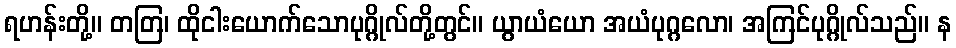
ရဟန်းတို့။ တတြ၊ ထိုငါးယောက်သောပုဂ္ဂိုလ်တို့တွင်။ ယွာယံယော အယံပုဂ္ဂလော၊ အကြင်ပုဂ္ဂိုလ်သည်။ န